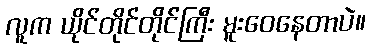
လူက ယိုင်တိုင်တိုင်ကြီး မူးဝေနေတာပဲ။